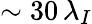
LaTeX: \sim 30\, \lambda_{I}